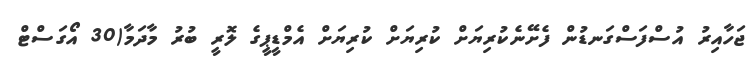
ޖަހާއިރު އުސްފަސްގަނޑުން ފެށޭނެކުރިޔަށް ކުރިޔަށް ކުރިޔަށް އެމްޑީޕީގެ ލޮރީ ބުރު މާދަމާ(30 އޯގަސްޓް